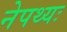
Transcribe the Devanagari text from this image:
नेपथ्यः